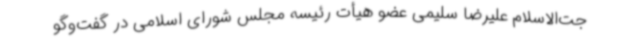
جت‌الاسلام علیرضا سلیمی عضو هیأت رئیسه مجلس شورای اسلامی در گفت‌وگو